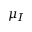
\mu _ { I }